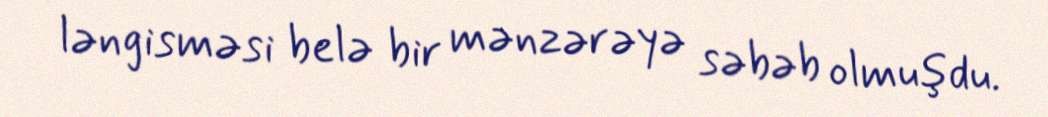
ləngisməsi belə bir mənzərəyə səbəb olmuşdu.